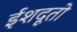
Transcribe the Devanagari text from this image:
ईशदूतो